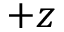
+ z